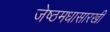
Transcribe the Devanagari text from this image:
जेष्ठमधासारखी